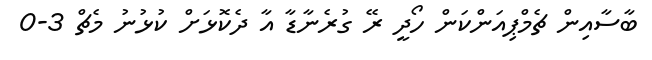
ބާސާއިން ޗެމްޕިއަންކަން ހޯދީ ރޭ ގުރެނާޑާ އާ ދެކޮޅަށް ކުޅުނު މެޗް 3-0